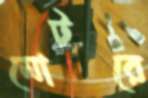
মোটরে